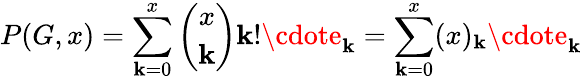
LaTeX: P(G,x)=\sum_{\mathbf{k}=0}^{x}{\binom{x}{\mathbf{k}}}\mathbf{k}!\cdote_{\mathbf{k}}=\sum_{\mathbf{k}=0}^{x}(x)_{\mathbf{k}}\cdote_{\mathbf{k}}